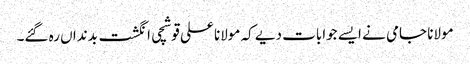
مولانا جامی نے ایسے جوابات دیے کہ مولانا علی قوشچی انگشت بدنداں رہ گئے۔